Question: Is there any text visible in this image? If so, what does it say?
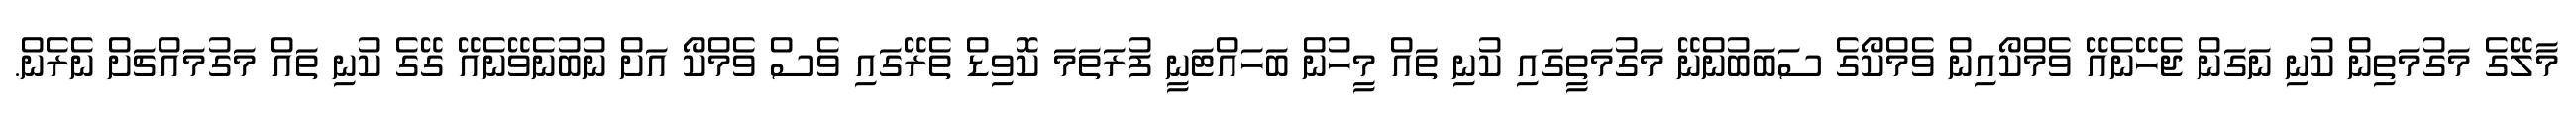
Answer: މާލޭގެ މަގުމަތިން ކުނި ނަގަން ޖެހޭނެއޭ ވެމްކޯއިން ވެމްކޯގެ ސަބަބުންނޭ މަގުމަތީގައި ކުނި ތައް މީހުން ބަހައްޓަނީ ފުރަތަމަ ކޮވިޑް ތެރޭގައި ވެސް ވެމްކޯ އަށް ނުބުނެވޭނެއޭ ގޭގެ ކުނި ތައް މަގުމައްޗަށް ނެރެން.